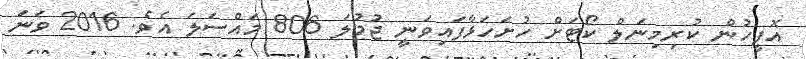
އޮފީހުން ކުރިމިނަލް ކޯޓަށް ހުށަހަޅާފައިވަނީ ޖުމުލަ 806 މައްސަލަ އެވެ. 2016 ވަނަ